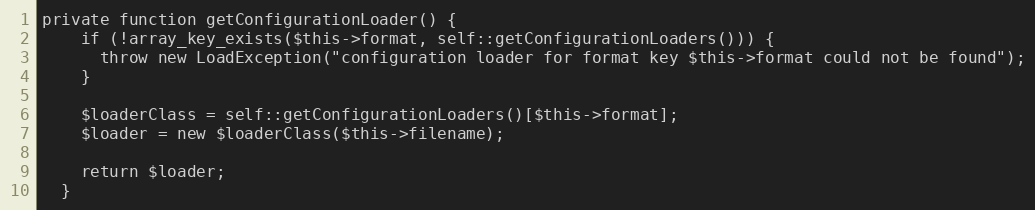
Language: PHP
private function getConfigurationLoader() {
    if (!array_key_exists($this->format, self::getConfigurationLoaders())) {
      throw new LoadException("configuration loader for format key $this->format could not be found");
    }

    $loaderClass = self::getConfigurationLoaders()[$this->format];
    $loader = new $loaderClass($this->filename);

    return $loader;
  }